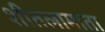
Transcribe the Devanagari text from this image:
शीतलामाता